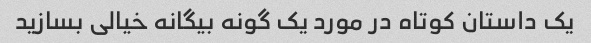
یک داستان کوتاه در مورد یک گونه بیگانه خیالی بسازید